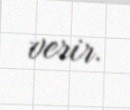
verir.